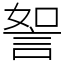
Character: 𧧏